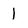
Character: 1